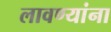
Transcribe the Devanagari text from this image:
लावण्यांना